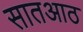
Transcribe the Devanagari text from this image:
सातआठ